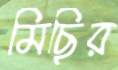
মিছির